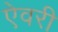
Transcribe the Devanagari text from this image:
ऐवरी